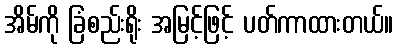
အိမ်ကို ခြံစည်းရိုး အမြင့်ဖြင့် ပတ်ကာထားတယ်။